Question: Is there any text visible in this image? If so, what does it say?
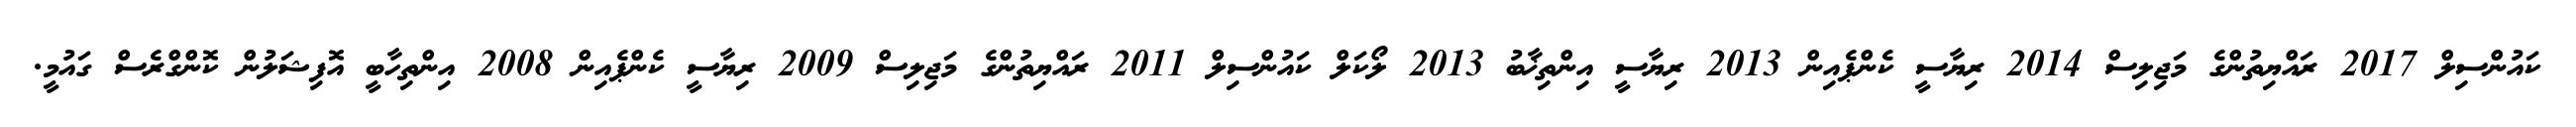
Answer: ކައުންސިލް 2017 ރައްޔިތުންގެ މަޖިލިސް 2014 ރިޔާސީ ކެންޕެއިން 2013 ރިޔާސީ އިންތިޚާބު 2013 ލޯކަލް ކައުންސިލް 2011 ރައްޔިތުންގެ މަޖިލިސް 2009 ރިޔާސީ ކެންޕެއިން 2008 އިންތިހާބީ އޮފިޝަލުން ކޮންގްރެސް ގައުމީ.